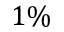
1 \%